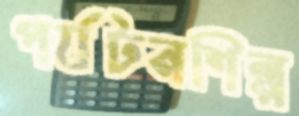
পর্যটনশিল্প